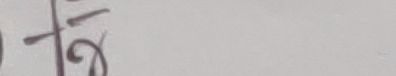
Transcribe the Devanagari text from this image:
फगु